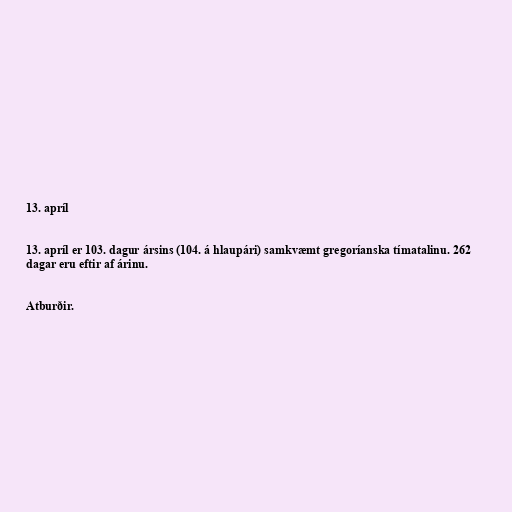
13. apríl

13. apríl er 103. dagur ársins (104. á hlaupári) samkvæmt gregoríanska tímatalinu. 262
dagar eru eftir af árinu.

Atburðir.